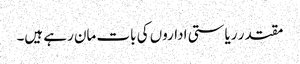
مقتدر ریاستی اداروں کی بات مان رہے ہیں۔